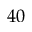
4 0